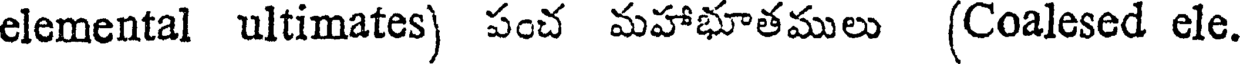
elemental ultimates) పంచ మహాభూతములు (Coalesed ele.